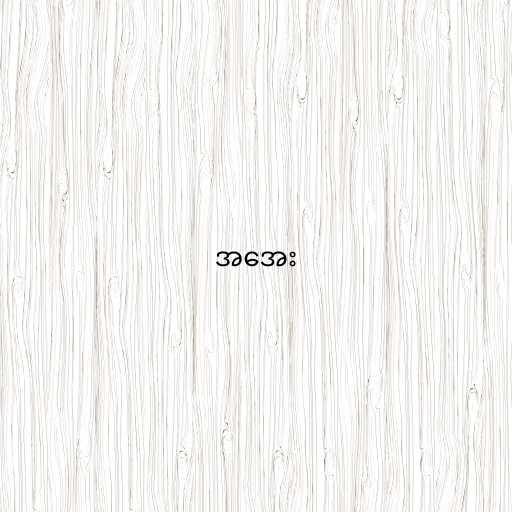
အအေး